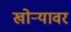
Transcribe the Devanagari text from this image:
खोर्‍यावर